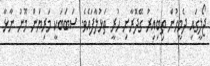
ޖޯލީގައި ދެމީހުން ތިބިއިރު ގޭދޮރާށި ހުރީ ތަޅުލާފައެވެ. ސަބަބަކީ މަރިޔަން މޫނު ނާޅާ